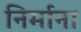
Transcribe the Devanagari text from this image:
निर्माना